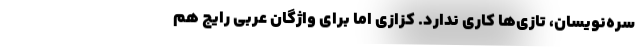
‌سره‌نویسان، تازی‌ها کاری ندارد. کزازی اما برای واژگان عربی رایج هم